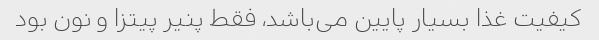
کیفیت غذا بسیار پایین می‌باشد، فقط پنیر پیتزا و نون بود